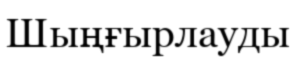
Шыңғырлауды